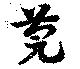
莞